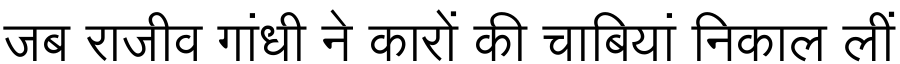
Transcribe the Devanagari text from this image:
जब राजीव गांधी ने कारों की चाबियां निकाल लीं